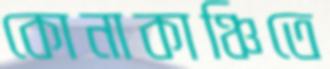
কোনাকাঞ্চিতে